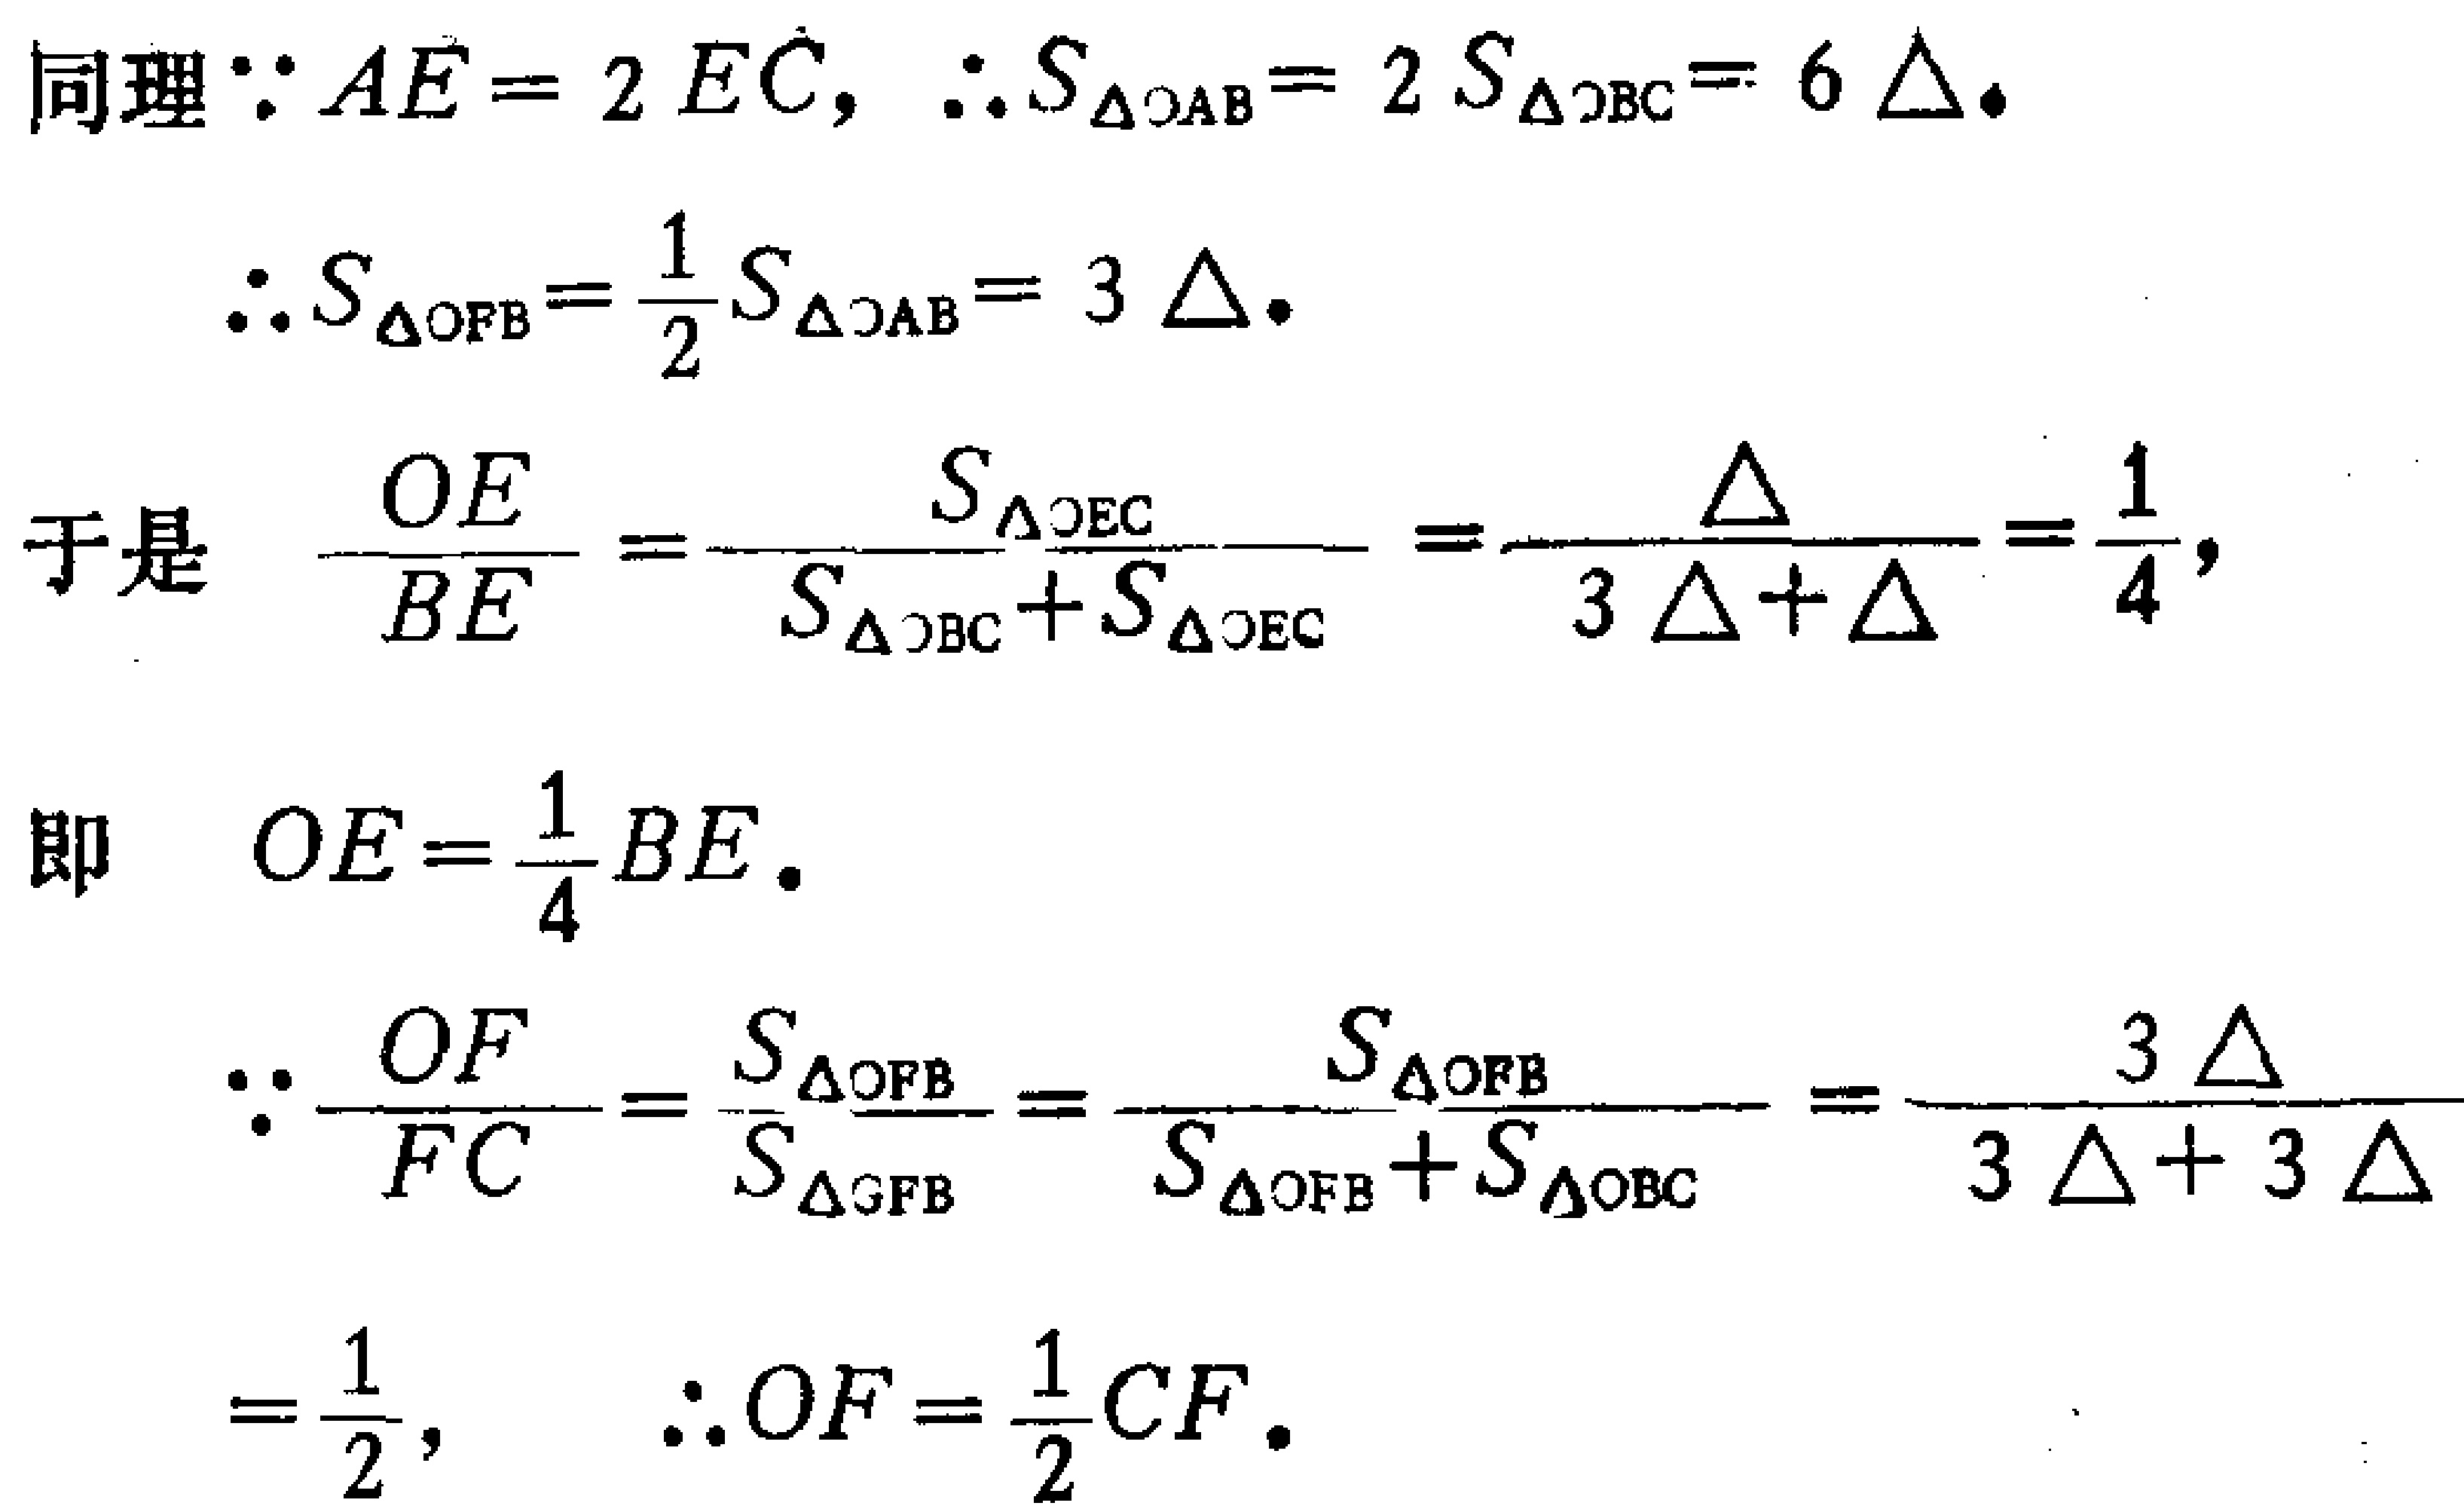
同理$\because AE = 2EC$，$\therefore S_{\triangle OAB}=2S_{\triangle OBC}=6\Delta$。
$$\therefore S_{\triangle OFB}=\frac{1}{2}S_{\triangle OAB}=3\Delta$$
于是 $\frac{OE}{BE}=\frac{S_{\triangle OEC}}{S_{\triangle OBC}+S_{\triangle OEC}}=\frac{\Delta}{3\Delta+\Delta}=\frac{1}{4}$，
即 $OE=\frac{1}{4}BE$。
$$\because\frac{OF}{FC}=\frac{S_{\triangle OFB}}{S_{\triangle GFB}}=\frac{S_{\triangle OFB}}{S_{\triangle OFB}+S_{\triangle OBC}}=\frac{3\Delta}{3\Delta + 3\Delta}=\frac{1}{2},\ \ \therefore OF=\frac{1}{2}CF$$